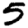
Digit: 5